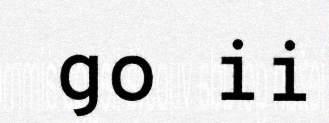
go ii